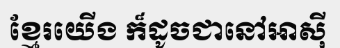
ខ្មែរយើង ក៏ដូចជានៅអាស៊ី